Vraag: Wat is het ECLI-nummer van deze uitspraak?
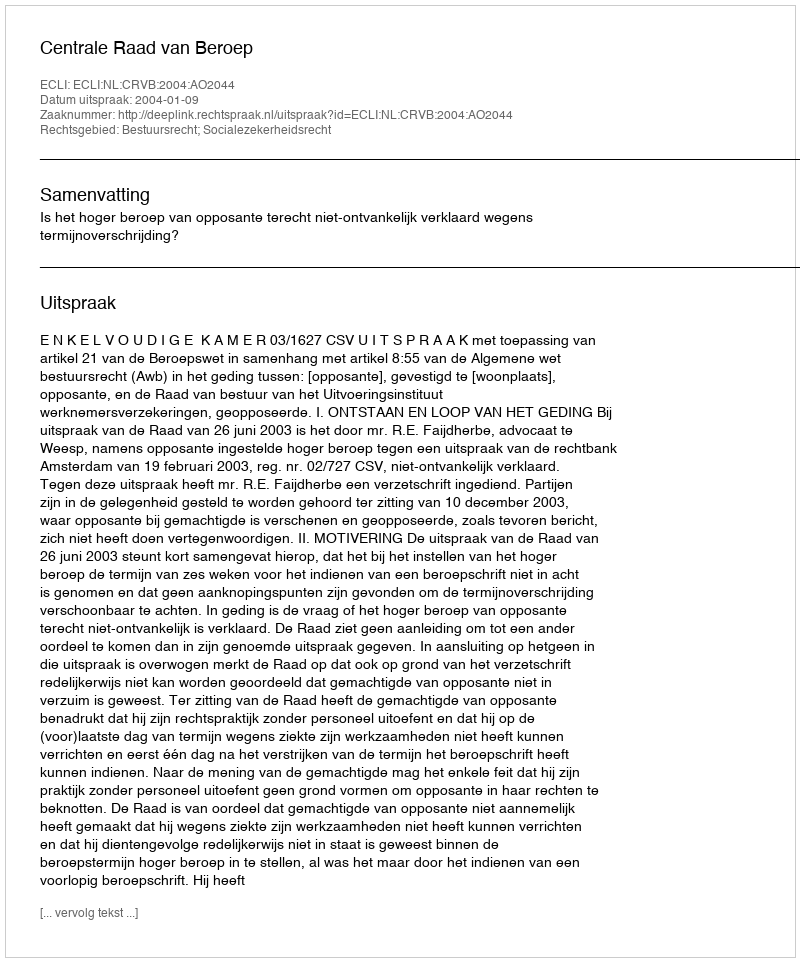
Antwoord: ECLI:NL:CRVB:2004:AO2044